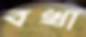
বখা